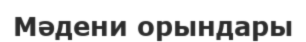
Мәдени орындары